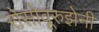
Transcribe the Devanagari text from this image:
रोसोवूरुझेनी